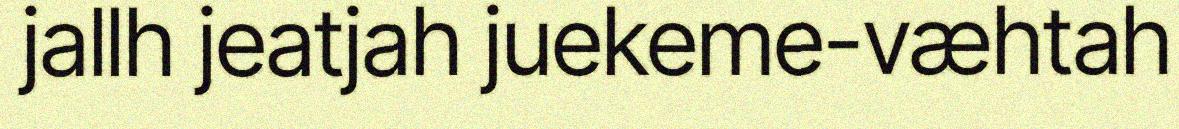
jallh jeatjah juekeme-væhtah